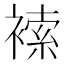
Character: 𧛻